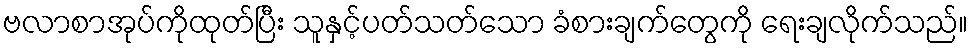
ဗလာစာအုပ်ကိုထုတ်ပြီး သူနှင့်ပတ်သတ်သော ခံစားချက်တွေကို ရေးချလိုက်သည်။